Eestimaa_Kommunistliku_Partei_Keskkomitee, lk 56
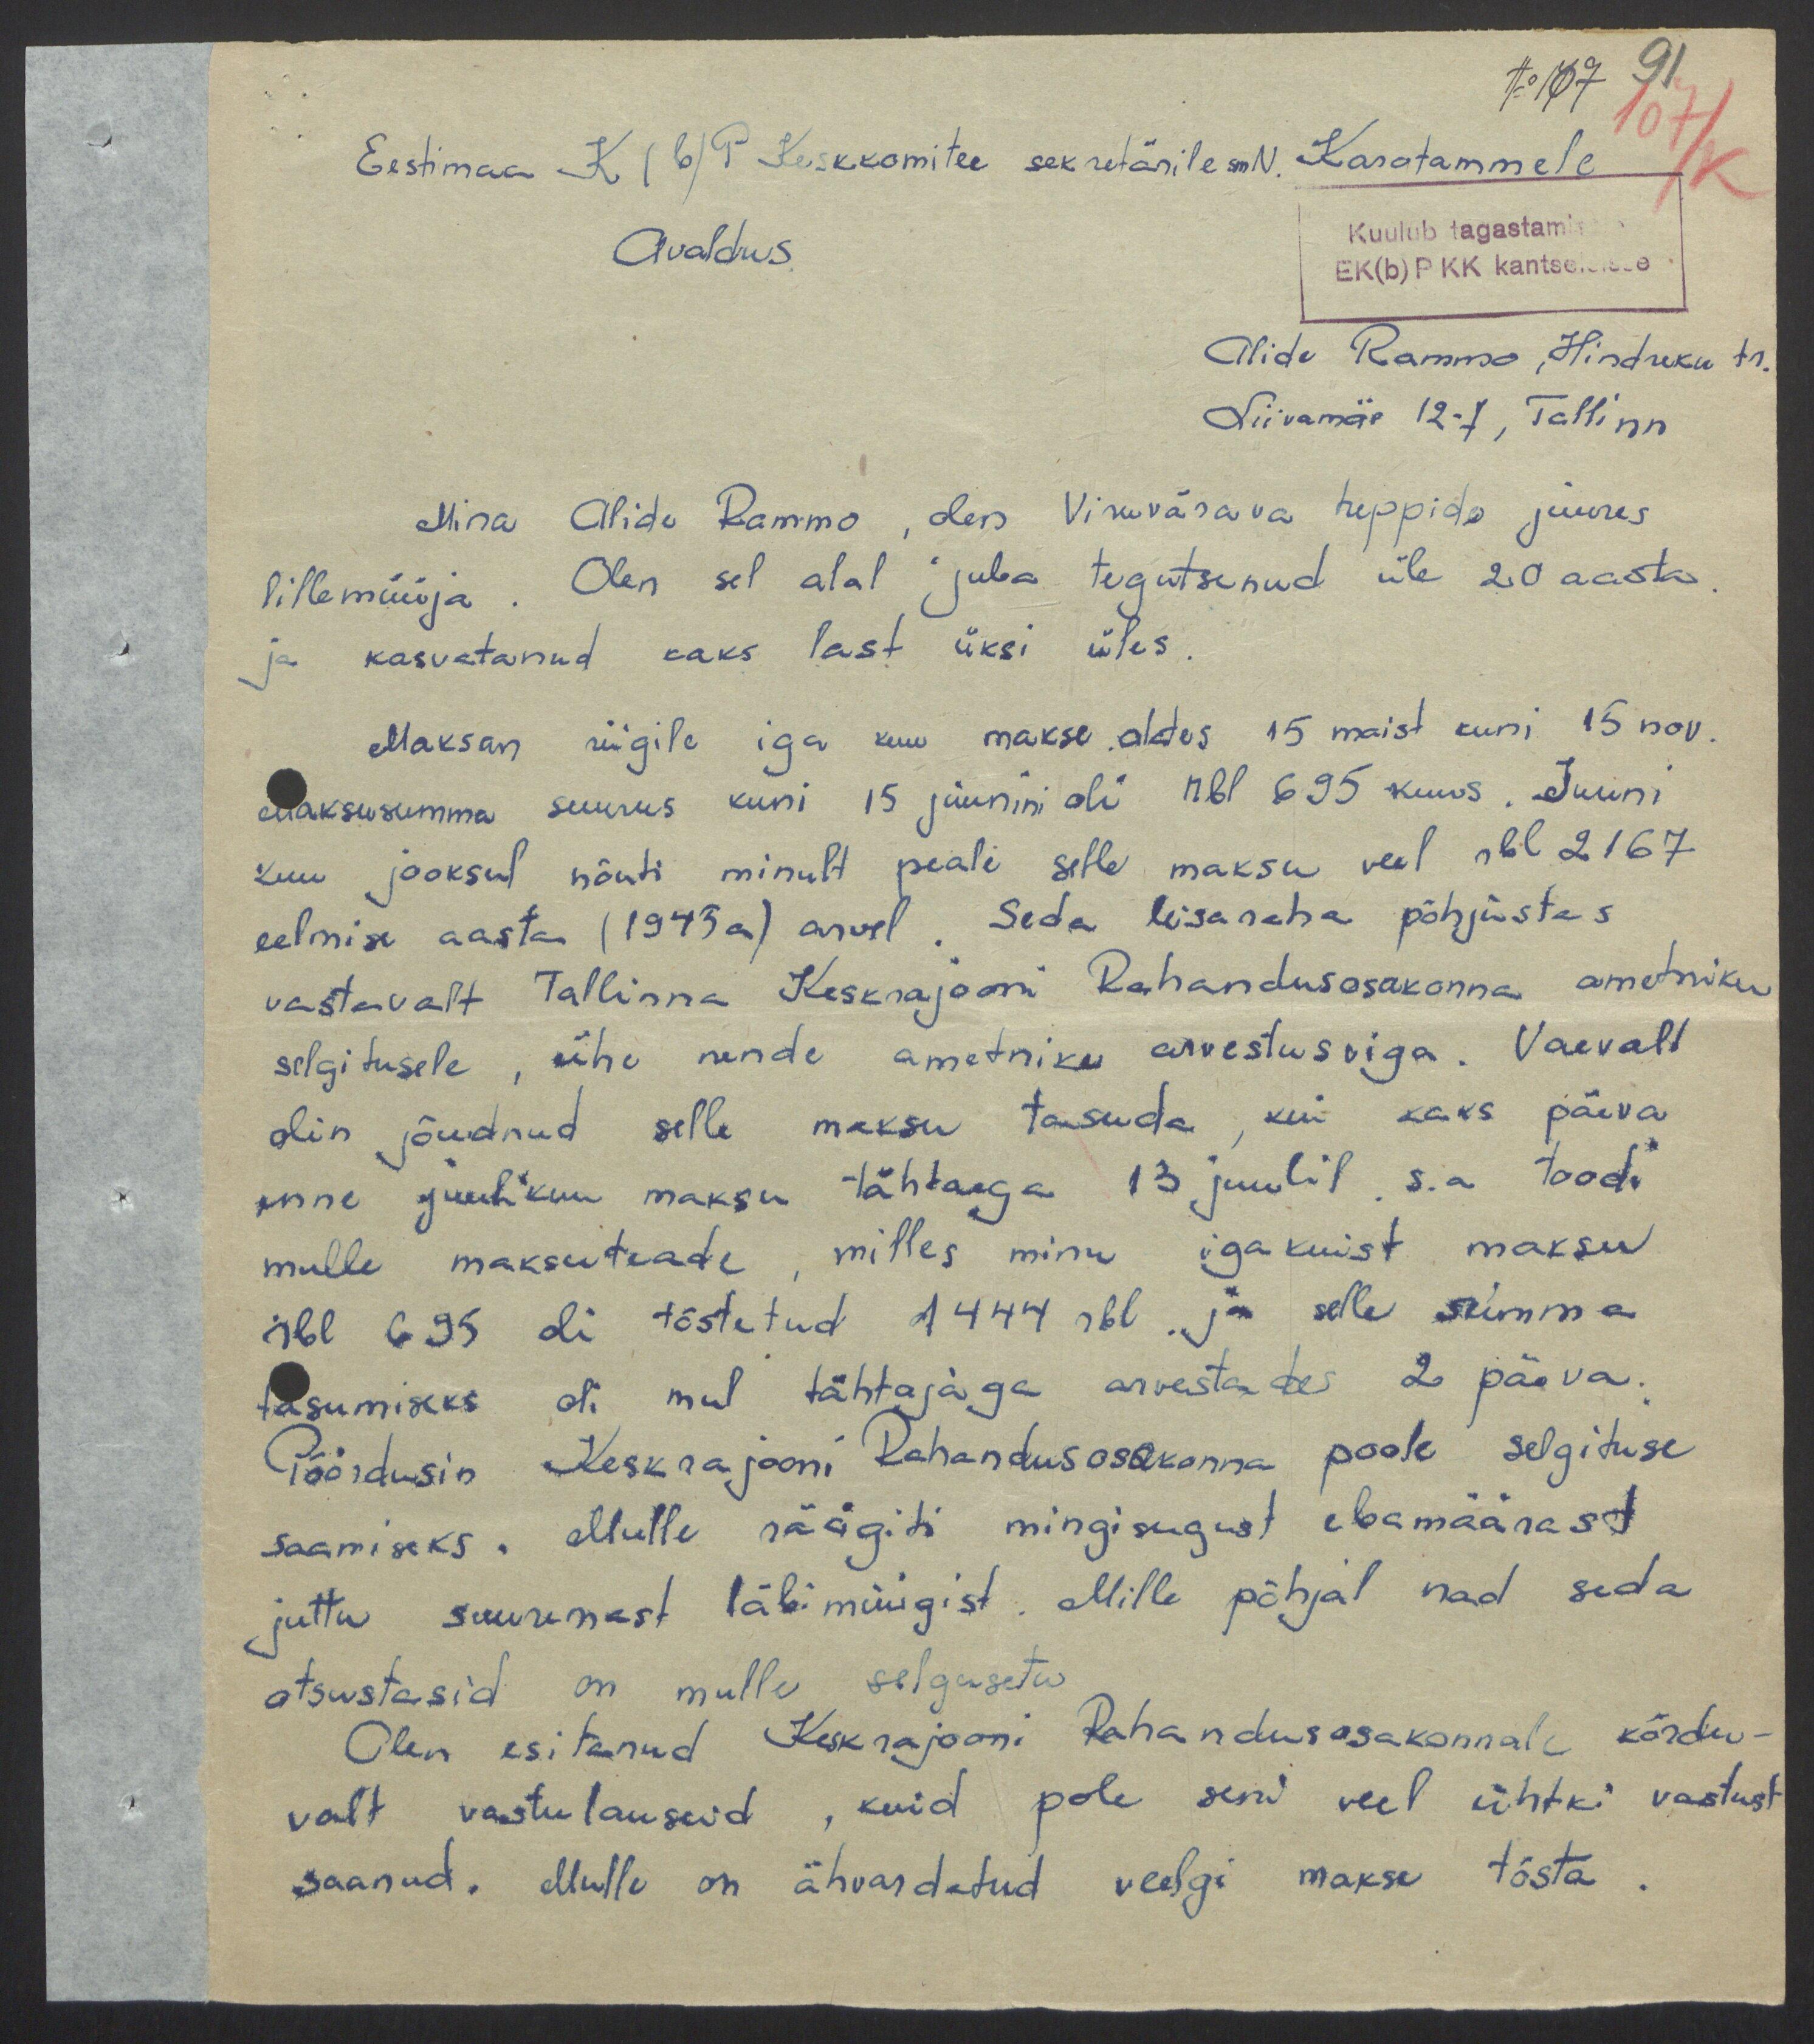
91
No 107
Eestimaa K(b)P Keskkomitee sekretärile sm N. Karotammele
Avaldus.
Kuulub tagastamis
EK(b)P KK kantseleisse
Alide Rammo, Hindreku tr.
Liivamäe 12-7, Tallinn.
Mina Alide Rammo, olen Viruvärava treppida juures
lillemüüja. Olen sel alal juba tegutsenud üle 20 aasta
ja kasvatanud kaks last üksi üles.
Maksan riigile iga kuu makse .alates 15 maist kuni 15 nov.
maksusumma suurus kuni 15 juunini oli rbl 695 kuus. Juuni
kuu jooksul nõuti minult peale selle maksu veel rbl 2167
eelmise aasta (1945 a) arvel. Seda lisaraha põhjustas
vastavalt Tallinna Keskrajooni Rahandusosakonna ametniku
selgitusele, ühe nende ametniku arvestusviga. Vaevalt
olin jõudnud selle maksu tasuda, kui kaks päeva
enne juulikuu maksu tähtaega 13 juulil. s.a toodi
mulle maksuteade, milles minu igakuist maksu
rbl 695 oli tõstetud 1444 rbl. ja selle summa
tasumiseks oli mul tähtajaga arvestades 2 päeva.
Pöördusin Keskrajooni Rahandusosakonna poole selgituse
saamiseks. Mulle räägiti mingisugust ebamäärast
juttu suuremast läbimüügist. Mille põhjal nad seda
otsustasid on mulle selgusetu
Olen esitanud Keskrajooni Rahandusosakonnale kõrdu-
valt vastulauseid, kuid pole seni veel ühtki vastust
saanud. Mulle on ähvardatud veelgi maksu tõsta.